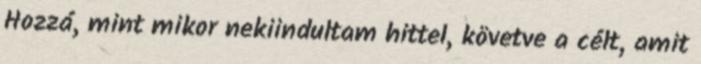
Hozzá, mint mikor nekiindultam hittel, követve a célt, amit